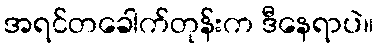
အရင်တခေါက်တုန်းက ဒီနေရာပဲ။